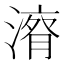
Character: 𱨠